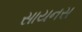
સાયનસ